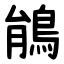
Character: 䳌